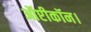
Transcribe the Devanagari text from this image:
ऑप्टीकॉन।